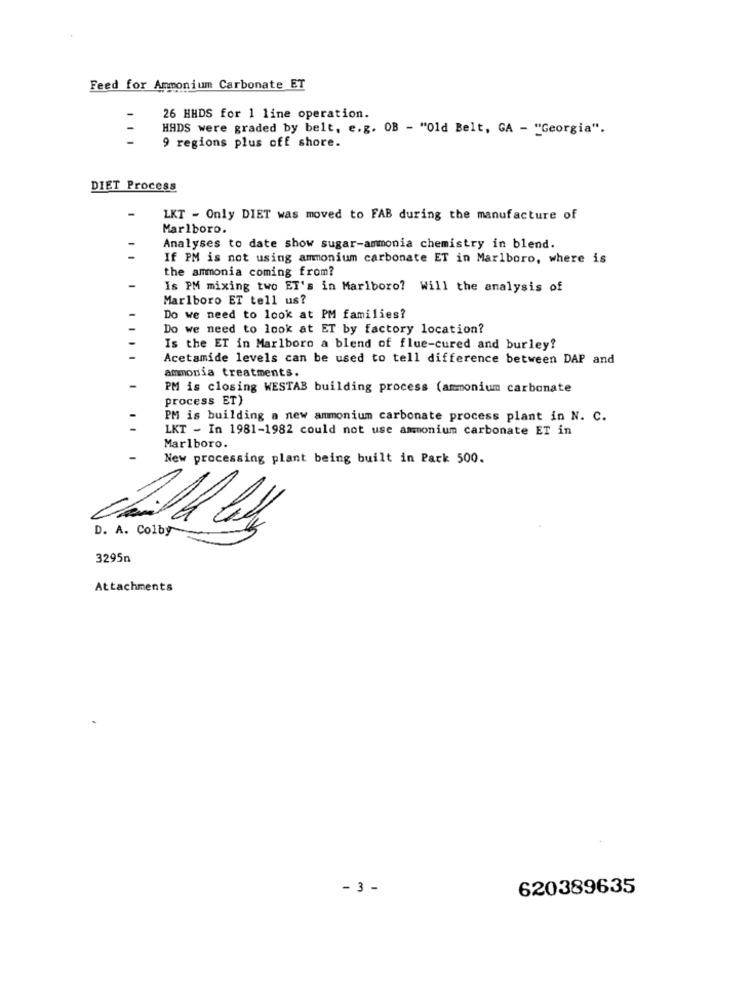
Feed for Ammonium Carbonate ET
26 HHDS for 1 line operation.
HADS were graded by belt, e.g. OB - "Old Belt, GA - "Georgia".
9 regions plus off shore.
DIET Process
-
LKT - Only DIET was moved to FAB during the manufacture of
Marlboro.
Analyses to date show sugar-ammonia chemistry in blend.
If PM is not using ammonium carbonate ET in Marlboro, where is
the ammonia coming from?
Is PM mixing two ET's in Marlboro? Will the analysis of
Marlboro ET tell us?
Do we need to look at PM families?
Do we need to look at ET by factory location?
Is the ET in Marlboro a blend of flue-cured and burley?
Acetamide levels can be used to tell difference between DAP and
ammonia treatments.
PM is closing WESTAB building process (ammonium carbonate
process ET)
PM is building a new ammonium carbonate process plant in N. C.
LKT - In 1981-1982 could not use ammonium carbonate ET in
Marlboro.
New processing plant being built in Park 500.
D. A. Colby
3295n
Attachments
- 3 -
620389635